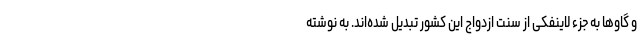
و گاوها به جزء لاینفکی از سنت ازدواج این کشور تبدیل شده‌اند. به نوشته